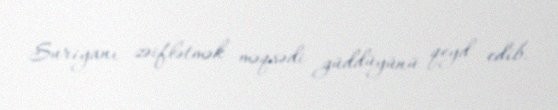
Suriyanı zəiflətmək məqsədi güddüyünü qeyd edib.